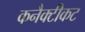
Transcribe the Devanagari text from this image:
कनैक्टीकट